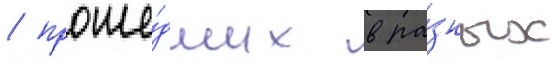
/ проше́дших в ра́зных